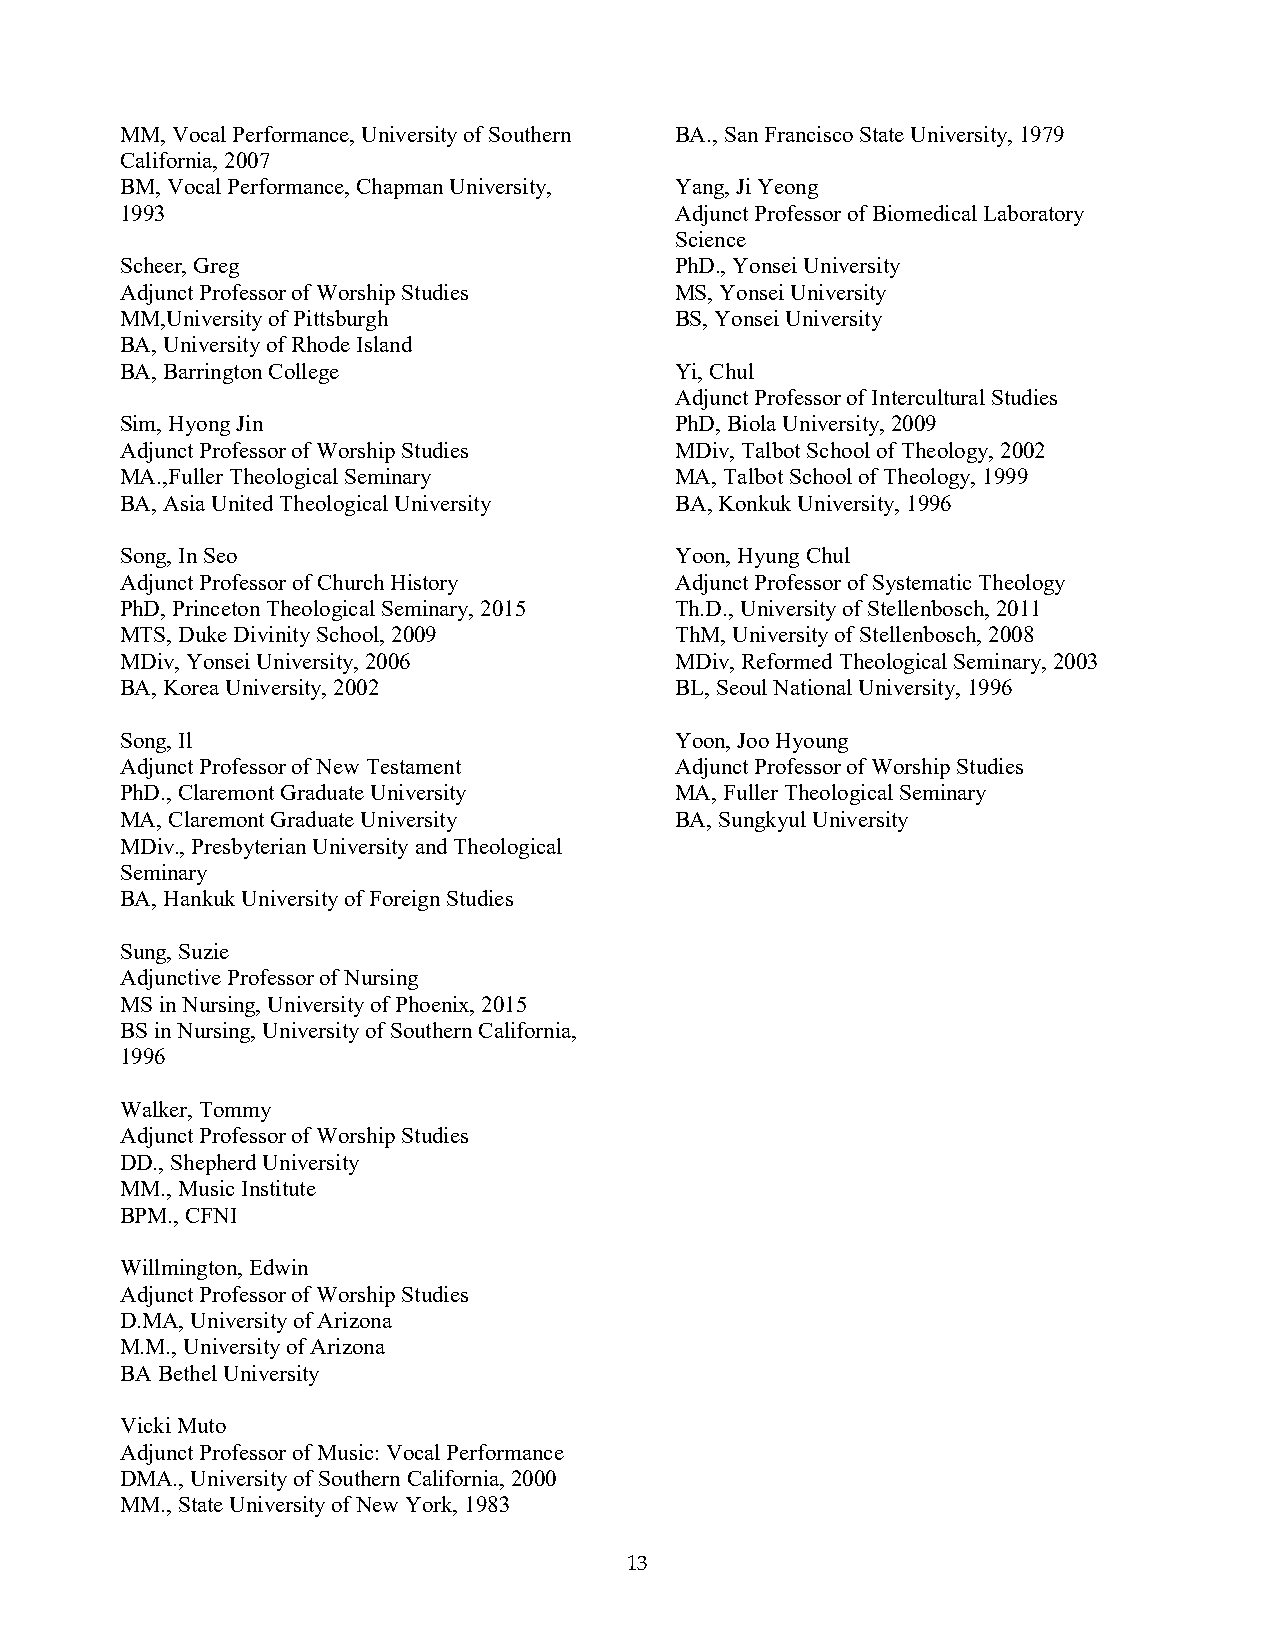
MM, Vocal Performance, University of Southern BA., San Francisco State University, 1979
 California, 2007
 BM, Vocal Performance, Chapman University, Yang, Ji Yeong
 1993                                 Adjunct Professor of Biomedical Laboratory
 Science
 Scheer, Greg                         PhD., Yonsei University
 Adjunct Professor of Worship Studies MS, Yonsei University
 MM,University of Pittsburgh          BS, Yonsei University
 BA, University of Rhode Island
 BA, Barrington College               Yi, Chul
 Adjunct Professor of Intercultural Studies
 Sim, Hyong Jin                       PhD, Biola University, 2009
 Adjunct Professor of Worship Studies MDiv, Talbot School of Theology, 2002
 MA.,Fuller Theological Seminary      MA, Talbot School of Theology, 1999
 BA, Asia United Theological University BA, Konkuk University, 1996
 Song, In Seo                         Yoon, Hyung Chul
 Adjunct Professor of Church History  Adjunct Professor of Systematic Theology
 PhD, Princeton Theological Seminary, 2015 Th.D., University of Stellenbosch, 2011
 MTS, Duke Divinity School, 2009      ThM, University of Stellenbosch, 2008
 MDiv, Yonsei University, 2006        MDiv, Reformed Theological Seminary, 2003
 BA, Korea University, 2002           BL, Seoul National University, 1996
 Song, Il                             Yoon, Joo Hyoung
 Adjunct Professor of New Testament   Adjunct Professor of Worship Studies
 PhD., Claremont Graduate University  MA, Fuller Theological Seminary
 MA, Claremont Graduate University    BA, Sungkyul University
 MDiv., Presbyterian University and Theological
 Seminary
 BA, Hankuk University of Foreign Studies
 Sung, Suzie
 Adjunctive Professor of Nursing
 MS in Nursing, University of Phoenix, 2015
 BS in Nursing, University of Southern California,
 1996
 Walker, Tommy
 Adjunct Professor of Worship Studies
 DD., Shepherd University
 MM., Music Institute
 BPM., CFNI
 Willmington, Edwin
 Adjunct Professor of Worship Studies
 D.MA, University of Arizona
 M.M., University of Arizona
 BA Bethel University
 Vicki Muto
 Adjunct Professor of Music: Vocal Performance
 DMA., University of Southern California, 2000
 MM., State University of New York, 1983
 13